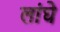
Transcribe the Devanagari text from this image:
लांघे